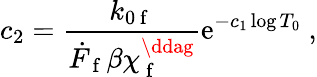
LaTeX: c_{2}=\frac{k_{0\mathrm{~f~}}}{\dot{F}_{\mathrm{~f~}}\beta\chi_{\mathrm{~f~}}^{\ddag}}\mathrm{e}^{-c_{1}\log T_{0}}~,